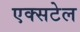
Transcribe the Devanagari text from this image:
एक्सटेल